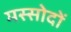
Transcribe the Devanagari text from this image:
मस्सोदों